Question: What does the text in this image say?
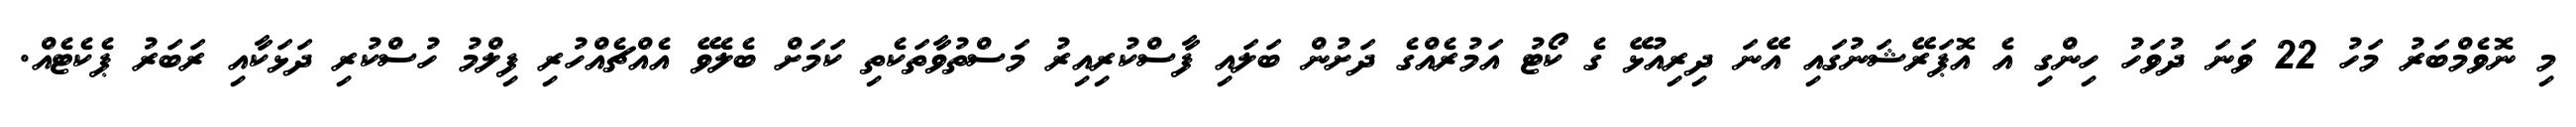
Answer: މި ނޮވެމްބަރު މަހު 22 ވަނަ ދުވަހު ހިންގި އެ އޮޕަރޭޝަނުގައި އޭނަ ދިރިއުޅޭ ގެ ކޯޓު އަމުރެއްގެ ދަށުން ބަލައި ފާސްކުރިއިރު މަސްތުވާތަކެތި ކަމަށް ބެލެވޭ އެއްޗެއްހުރި ފިލްމު ހުސްކުރި ދަޅަކާއި ރަބަރު ޕެކެޓެއް.